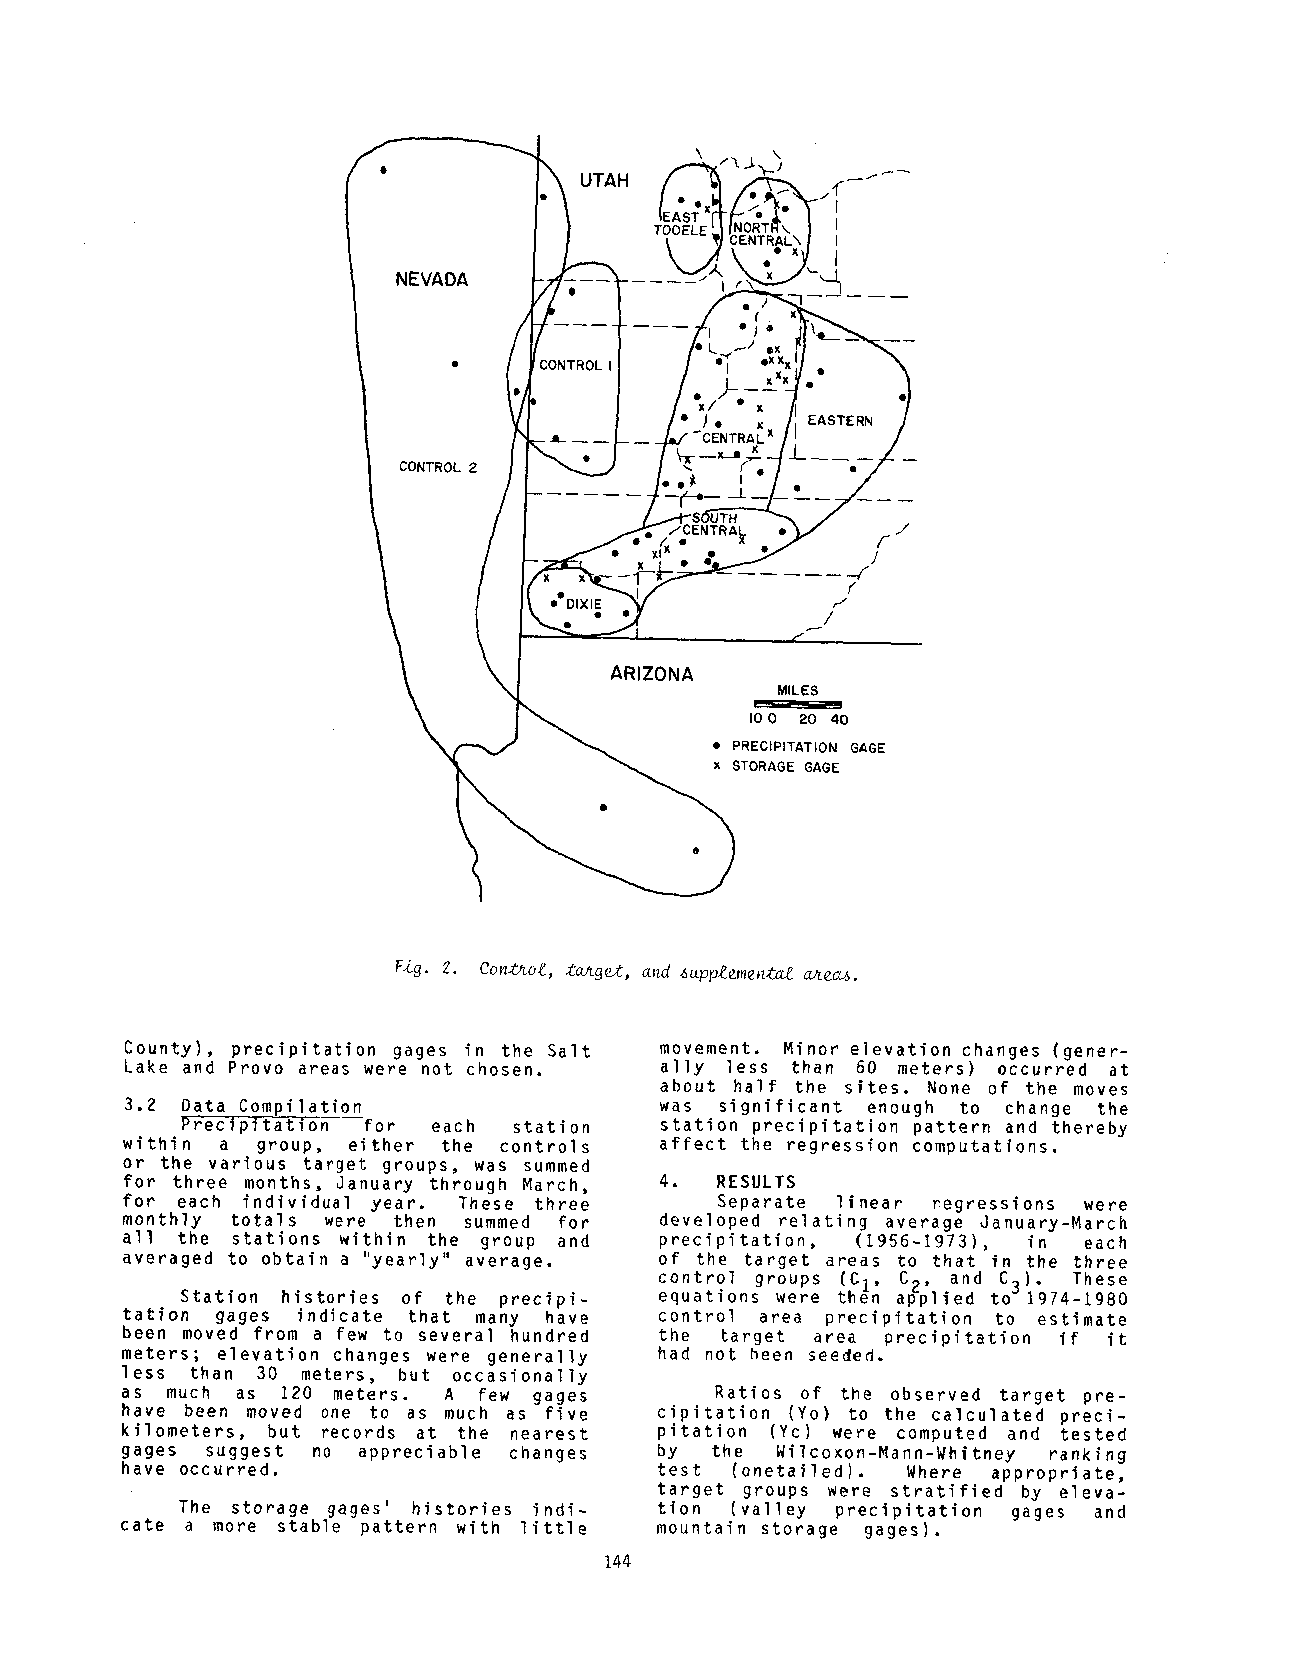
UTAH
 NEVADA
 ¯ )      EASTERN
 CONTROL
 xt/x :ENTRAp¯ ¯
 eeDIXIE
 ARIZONA
 MILES
 I0 0 20 40
 ¯ PRECIPITATION GAGE
 x STORAGEG AGE
 Fig. 2. Con~o~., t~ge~, and supplemental ~.eas.
 County), precipitation gages in the Salt movement. Minor elevation changes (gener-
 Lake and Provo areas were not chosen. ally less than 60 meters) occurred at
 about half the sites. None of the moves
 3.2 Data Compilation                was significant enough to change the
 P~ecipiYation for each station  station precipitation pattern and thereby
 within a group, either the controls affect the regression computations.
 or the various target groups, was summed
 for three months, January through March, 4. RESULTS
 for each individual year. These three   Separate linear regressions were
 monthly totals were then summed for developed relating average January-March
 all the stations within the group and precipitation, (1956-1973), in each
 averaged to obtain a "yearly" average. of the target areas to that in the three
 control groups (CI, C2, and C3). These
 Station histories of the precipi- equations were then applied to 1974-1980
 tation gages indicate that many have control area precipitation to estimate
 been moved from a few to several hundred the target area precipitation if it
 meters; elevation changes were generally had not been seeded.
 less than 30 meters, but occasionally
 as much as 120 meters. A few gages     Ratios of the observed target pre-
 have been moved one to as much as five cipitation (Yo) to the calculated preci-
 kilometers, but records at the nearest pitation (Yc) were computed and tested
 gages suggest no appreciable changes by the Wilcoxon-Mann-Whitney ranking
 have occurred.                      test (onetailed). Where appropriate,
 target groups were stratified by eleva-
 The storage gages’ histories indi- tion (valley precipitation gages and
 cate a more stable pattern with little mountain storage gages).
 144